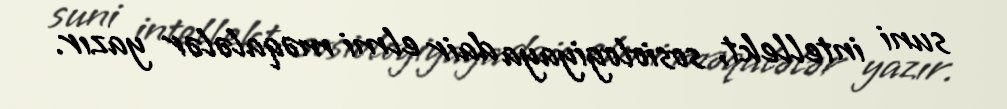
suni intellekt, sosiologiyaya dair elmi məqalələr yazır.